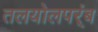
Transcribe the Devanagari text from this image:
तलयोलपर्ंब